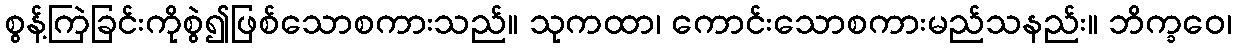
စွန့်ကြဲခြင်းကိုစွဲ၍ဖြစ်သောစကားသည်။ သုကထာ၊ ကောင်းသောစကားမည်သနည်း။ ဘိက္ခဝေ၊